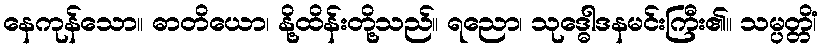
နေကုန်သော။ ဓာတိယော၊ နို့ထိန်းတို့သည်။ ရညော၊ သုဒ္ဓေါဒနမင်းကြီး၏။ သမ္ပတ္တိံ၊